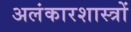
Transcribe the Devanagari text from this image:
अलंकारशास्त्रों